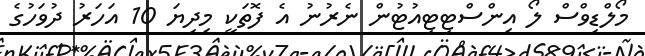
މޯލްޑިވްސް ލޯ އިންސްޓިޓިއުޓުން ނެރުނު އެ ފޮތަކީ މިދިޔަ 10 އަހަރު ދުވަހުގެ